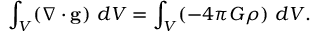
\int _ { V } ( \nabla \cdot \mathbf { g } ) \ d V = \int _ { V } ( - 4 \pi G \rho ) \ d V .